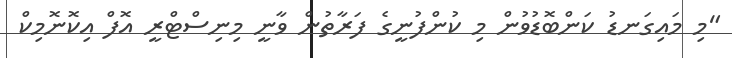
"މި މައިގަނޑު ކަންބޮޑުވުން މި ކުންފުނީގެ ފަރާތުން ވާނީ މިނިސްޓްރީ އޮފް އިކޮނޮމިކް